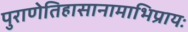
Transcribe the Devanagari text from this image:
पुराणेतिहासानामाभिप्रायः